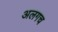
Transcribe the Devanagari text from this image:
अलगच